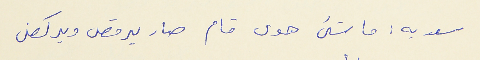
سعديه : ما شىء هوى قام صار يرقص ويركض